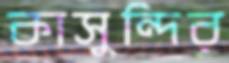
কাসুন্দির